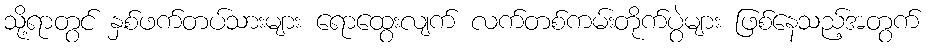
သို့ရာတွင် နှစ်ဖက်တပ်သားများ ရောထွေးလျက် လက်တစ်ကမ်းတိုက်ပွဲများ ဖြစ်နေသည့်အတွက်